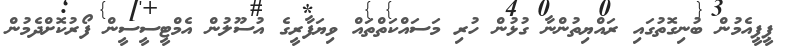
ޕީޕީއެމުން ބުނިގޮތުގައި ރައްޔިތުންނާ ގުޅުން ހުރި މަސައްކަތްތައް ވިޔަފާރީގެ އުސޫލުން އެމްޓީސީސީން ފޯރުކޮށްދެމުން